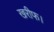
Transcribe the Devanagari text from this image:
खरीफ।